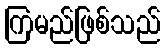
ကြမည်ဖြစ်သည်